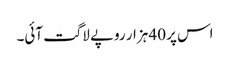
اس پر 40 ہزار روپے لاگت آئی۔